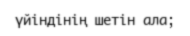
үйіндінің шетін ала;